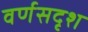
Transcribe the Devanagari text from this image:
वर्णसदृश